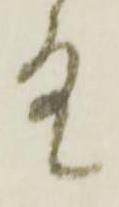
故